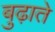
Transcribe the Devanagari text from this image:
बुढ़ाते